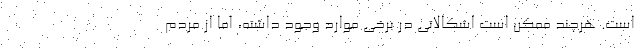
است. هرچند ممکن است اشکالاتی در برخی موارد وجود داشته، اما از مردم